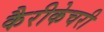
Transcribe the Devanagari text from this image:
कैरीकेचरी